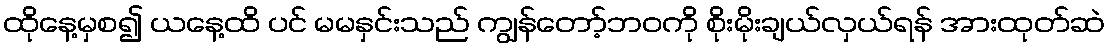
ထိုနေ့မှစ၍ ယနေ့ထိ ပင် မမနှင်းသည် ကျွန်တော့်ဘဝကို စိုးမိုးချယ်လှယ်ရန် အားထုတ်ဆဲ